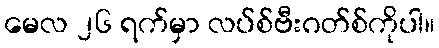
မေလ ၂၆ ရက်မှာ လပ်စ်ဗီးဂတ်စ်ကိုပါ။